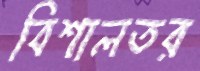
বিশালতর